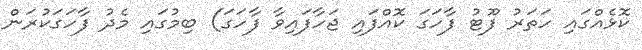
ކޮޅެއްގައި ހަތަރު ފޫޓު ފާހަގަ ކޮއްފައި ޖަހާފައިވާ ފާހަގަ) ބިމުގައި މެދު ފާހަގަކުރަން